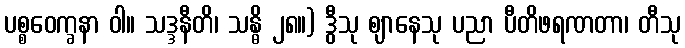
ပစ္စဝေက္ခနာ ဝါ။ သဒ္ဒနီတိ၊ သန္ဓိ ၂၈။) ဒွီသု ဈာနေသု ပညာ ပီတိဖရဏတာ၊ တီသု